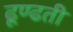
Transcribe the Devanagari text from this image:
ढूण्ढती